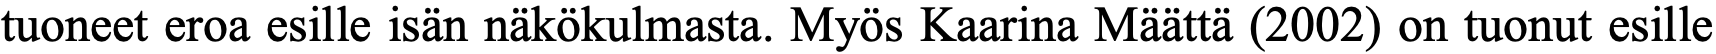
tuoneet eroa esille isän näkökulmasta. Myös Kaarina Määttä (2002) on tuonut esille